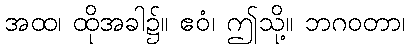
အထ၊ ထိုအခါ၌။ ဧဝံ၊ ဤသို့။ ဘဂဝတာ၊